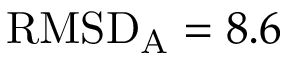
\mathrm { R M S D } _ { \mathrm { A } } = 8 . 6